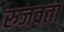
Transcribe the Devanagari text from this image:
रुजवता